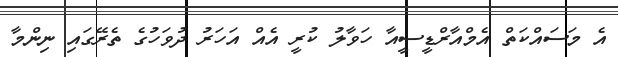
އެ މަސައްކަތް އެމްއާރްޑީސީއާ ހަވާލު ކުރީ އެއް އަހަރު ދުވަހުގެ ތެރޭގައި ނިންމާ